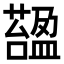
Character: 𧀟